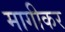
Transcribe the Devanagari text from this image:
मागीकर